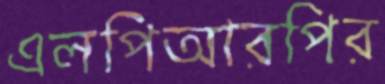
এলপিআরপির